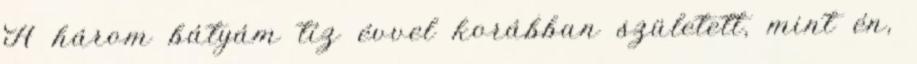
A három bátyám tíz évvel korábban született, mint én,